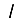
Digit: 1